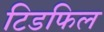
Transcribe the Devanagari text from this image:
टिडफिल